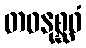
တဝနုစ္ဆဝံ